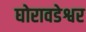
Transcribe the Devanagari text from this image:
घोरावडेश्वर